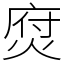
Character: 焤